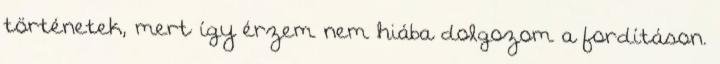
történetek, mert így érzem nem hiába dolgozom a fordításon.